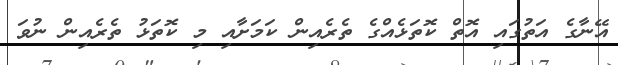
އޭނާގެ އަތުގައި އޮތް ކޮތަޅެއްގެ ތެރެއިން ކަމަށާއި މި ކޮތަޅު ތެރެއިން ނުވަ